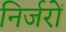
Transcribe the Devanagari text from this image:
निर्जरों